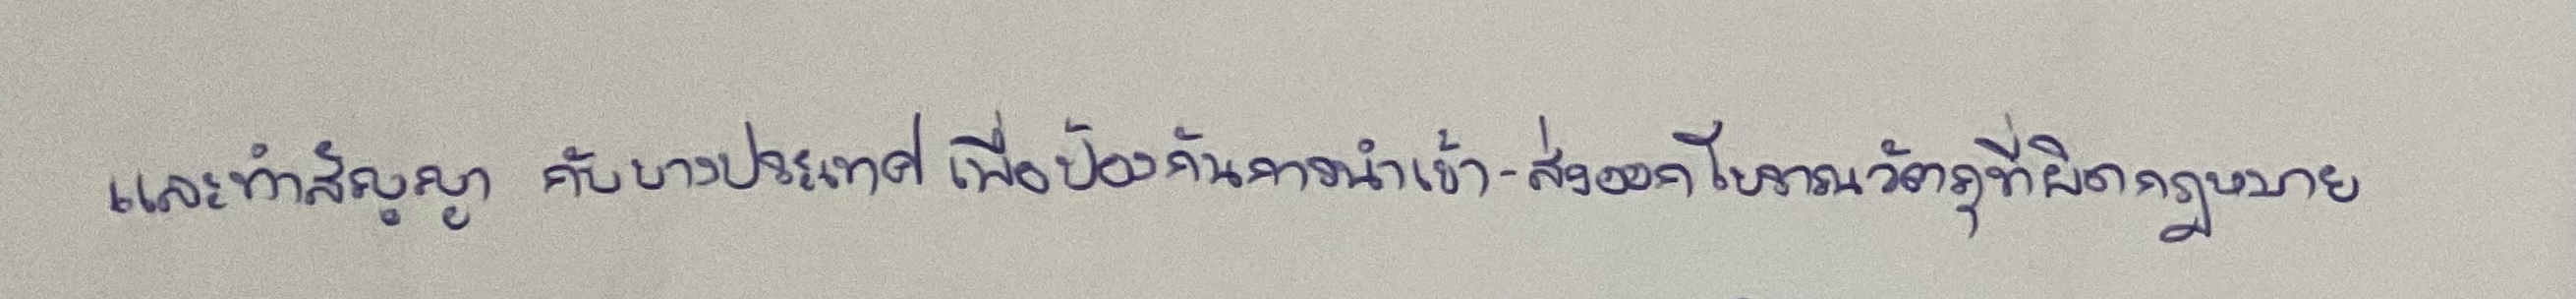
และทำสัญญากับบางประเทศเพื่อป้องกันการนำเข้า-ส่งออกโบราณวัตถุที่ผิดกฎหมาย